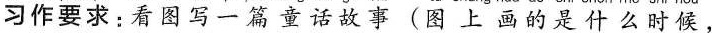
习作要求：看图写一篇童话故事(图上画的是什么时候，